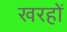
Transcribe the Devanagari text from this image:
खरहों